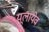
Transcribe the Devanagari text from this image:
यूलायेव